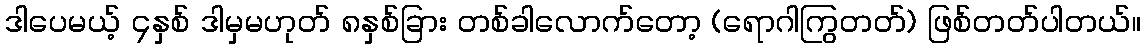
ဒါပေမယ့် ၄နှစ် ဒါမှမဟုတ် ၈နှစ်ခြား တစ်ခါလောက်တော့ (ရောဂါကြွတတ်) ဖြစ်တတ်ပါတယ်။